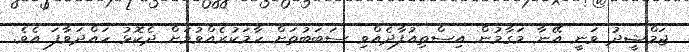
ޖަމްޝީދު ވަނީ އޭނާ މަގާމުން އިސްތިއުފާދެއްވި ސަބަބުތަށް ހާމަކުރެއްވުމަށް ދެކޮޅު ހައްދަވާފަ އެވެ.